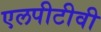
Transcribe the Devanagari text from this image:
एलपीटीवी